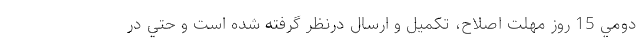
دومي 15 روز مهلت اصلاح، تكميل و ارسال درنظر گرفته شده است و حتي در